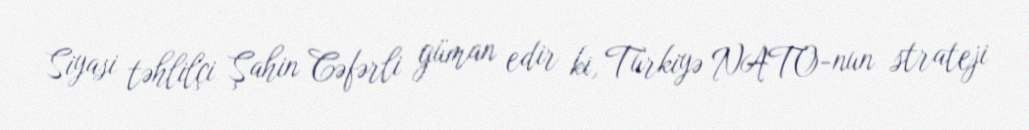
Siyasi təhlilçi Şahin Cəfərli güman edir ki, Türkiyə NATO-nun strateji